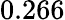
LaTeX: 0.266